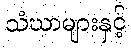
သံဃာများနှင့်